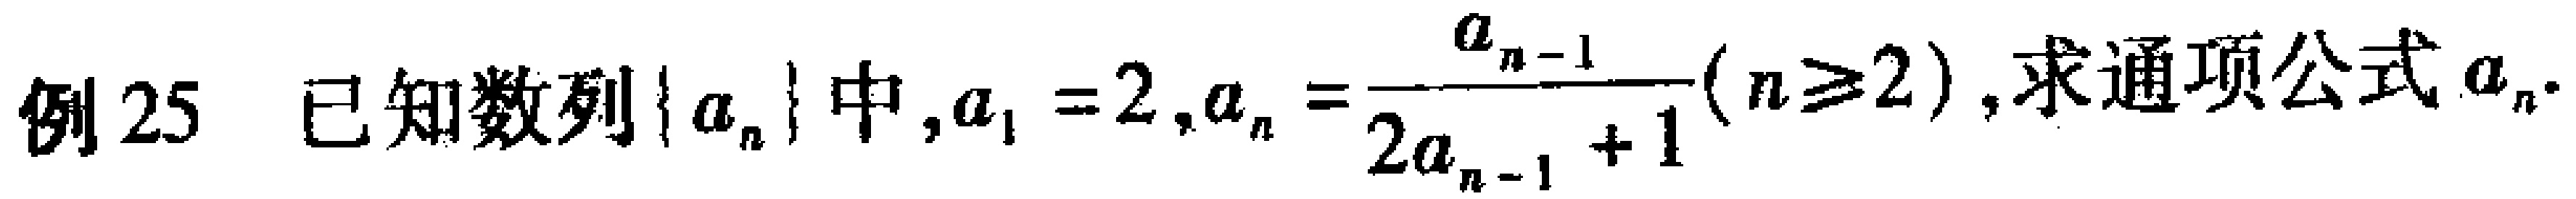
例25 已知数列\(\{ a_{n}\}\)中，\(a_{1}=2\)，\(a_{n}=\frac{a_{n - 1}}{2a_{n - 1}+1}(n\geq2)\)，求通项公式\(a_{n}\)。